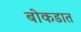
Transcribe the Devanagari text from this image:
बोकडात